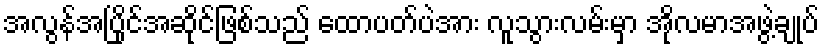
အလွန်အပြိုင်အဆိုင်ဖြစ်သည် ထောပတ်ပဲအား လူသွားလမ်းမှာ အိုလမာအဖွဲ့ချုပ်